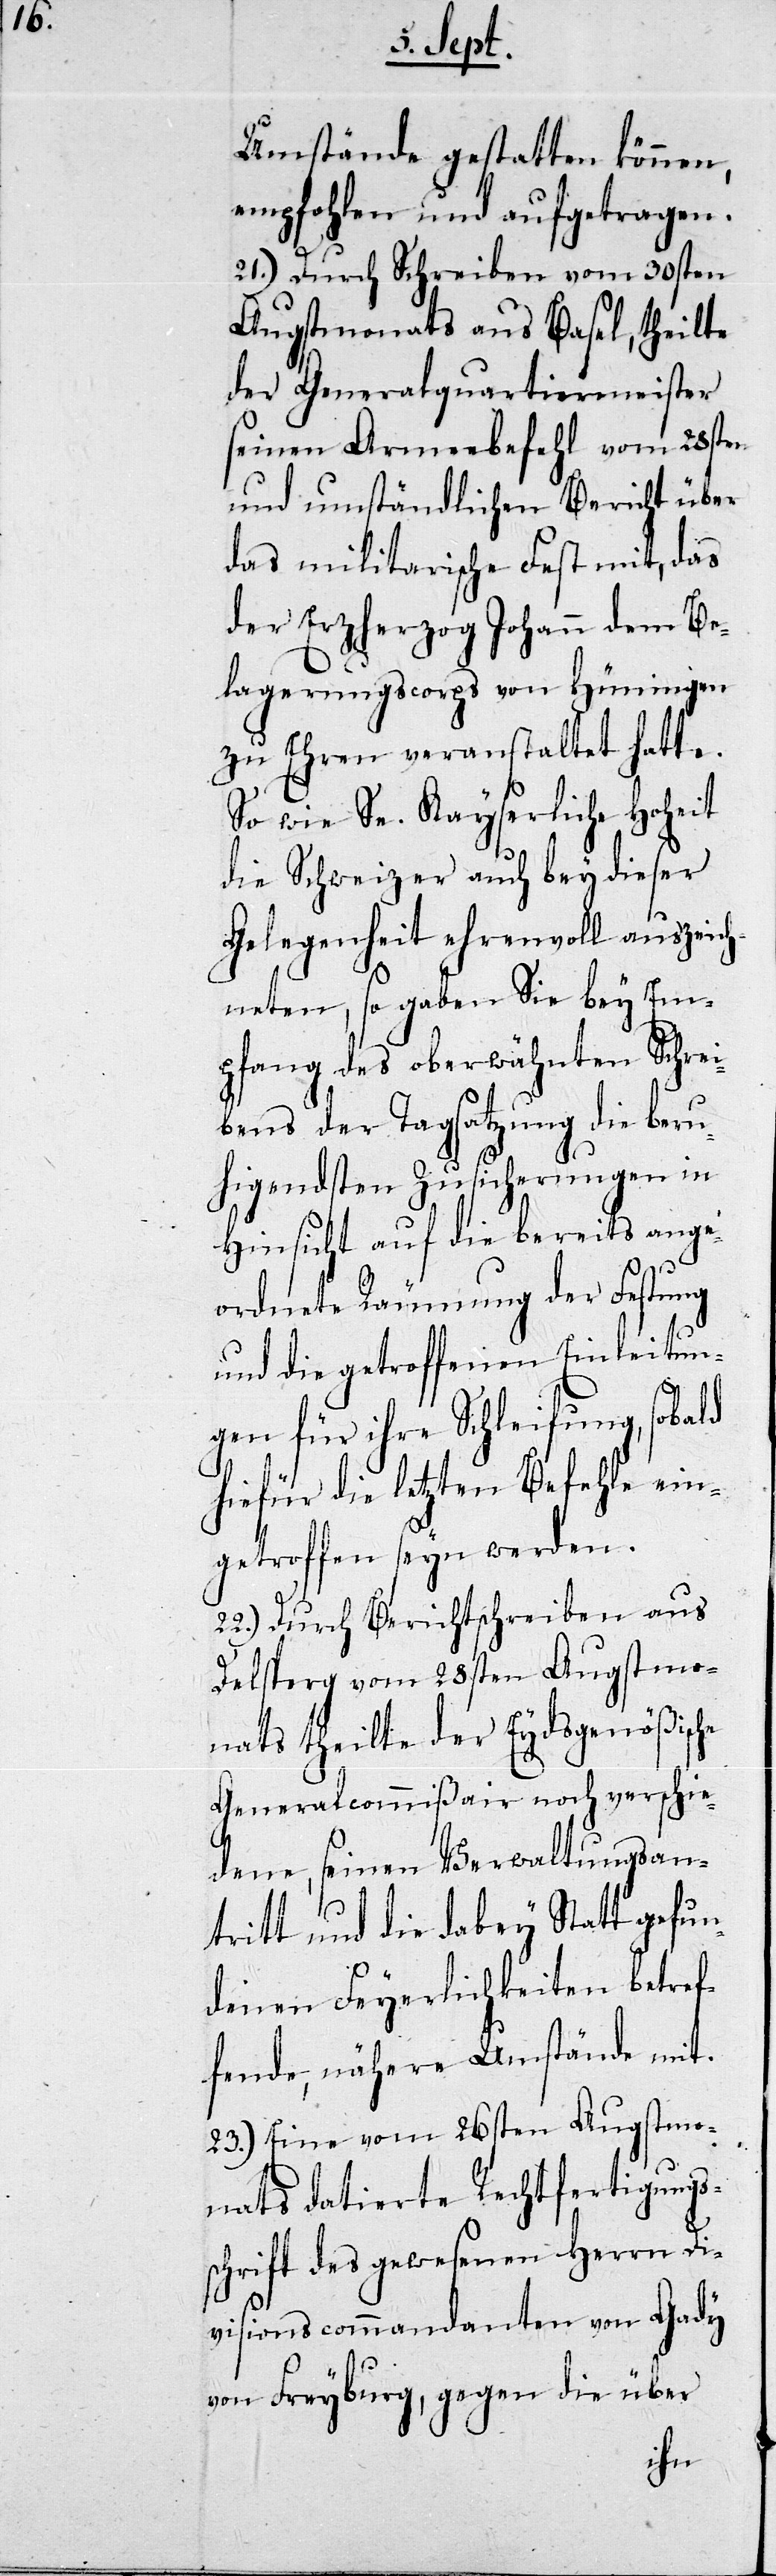
Umstände gestatten können,
empfohlen und aufgetragen.
21.) Durch Schreiben vom 30sten
Augstmonats aus Basel, theilte
der Generalquartiermeister
seinen Armeebefehl vom 28sten
und umständlichen Bericht über
das militarische Fest mit, das
der Erzherzog Johann dem Be¬
lagerungscorps von Hüningen
zu Ehren veranstaltet hatte.
So wie Se. Kayserliche Hoheit
die Schweizer auch bey dieser
Gelegenheit ehrenvoll auszeich¬
neten, so gaben Sie bey Em¬
pfang des oberwähnten Schrei¬
bens der Tagsatzung die beru¬
higendsten Zusicherungen in
Hinsicht auf die bereits ange¬
ordnete Räumung der Festung
und die getroffenen Einleitun¬
gen für ihre Schleifung, sobald
hiefür die letzten Befehle ein¬
getroffen seyn werden.
22.) Durch Berichtschreiben aus
Delsperg vom 28sten Augstmo¬
nats theilte der Eydgenößisc¬
Generalcommißair noch verschie¬
dene, seinen Verwaltungsan¬
tritt, und die dabey Statt gefun¬
denen Feyerlichkeiten betref¬
fende, nähre Umstände mit.
23) Eine vom 26sten Augstmo¬
nats datierte Rechtfertigungs¬
schrift des gewesenen Herrn Di¬
visionscommandanten von Gady
von Freyburg, gegen die über
he